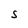
Character: S